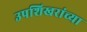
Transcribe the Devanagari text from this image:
उपशिखरांच्या